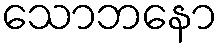
သောဘနော